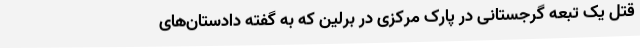
قتل یک تبعه گرجستانی در پارک مرکزی در برلین که به گفته دادستان‌های